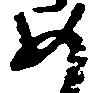
め